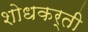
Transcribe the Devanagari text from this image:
शोधकर्ती